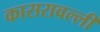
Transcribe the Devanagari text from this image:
कासरावल्ली